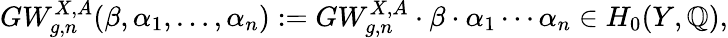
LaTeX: GW_{g,n}^{X,A}(\beta,\alpha_{1},\ldots,\alpha_{n}):=GW_{g,n}^{X,A}\cdot\beta\cdot\alpha_{1}\cdots\alpha_{n}\in H_{0}(Y,\mathbb{Q}),